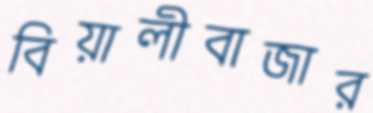
বিয়ালীবাজার